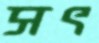
সৎ